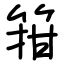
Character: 箝